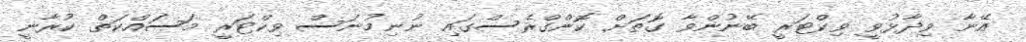
އޭނާ ވިދާޅުވީ ވިކްޓަރީ ބޭނުންވާ ގޮތަށް ކޮންގްރެސްގައި ނުނިމުނަސް ވިކްޓަރީ މަސައްކަތް ކުރާނީ